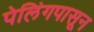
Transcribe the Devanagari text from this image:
पेलिंगपासून